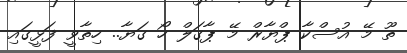
ތޫ މޭ އުސްކާ ޕްޔާރް މޭ ޕާގަލް ހޯ ގަޔާ.. ހިތާވީ ފަޅީގައި